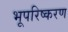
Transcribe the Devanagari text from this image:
भूपरिष्करण